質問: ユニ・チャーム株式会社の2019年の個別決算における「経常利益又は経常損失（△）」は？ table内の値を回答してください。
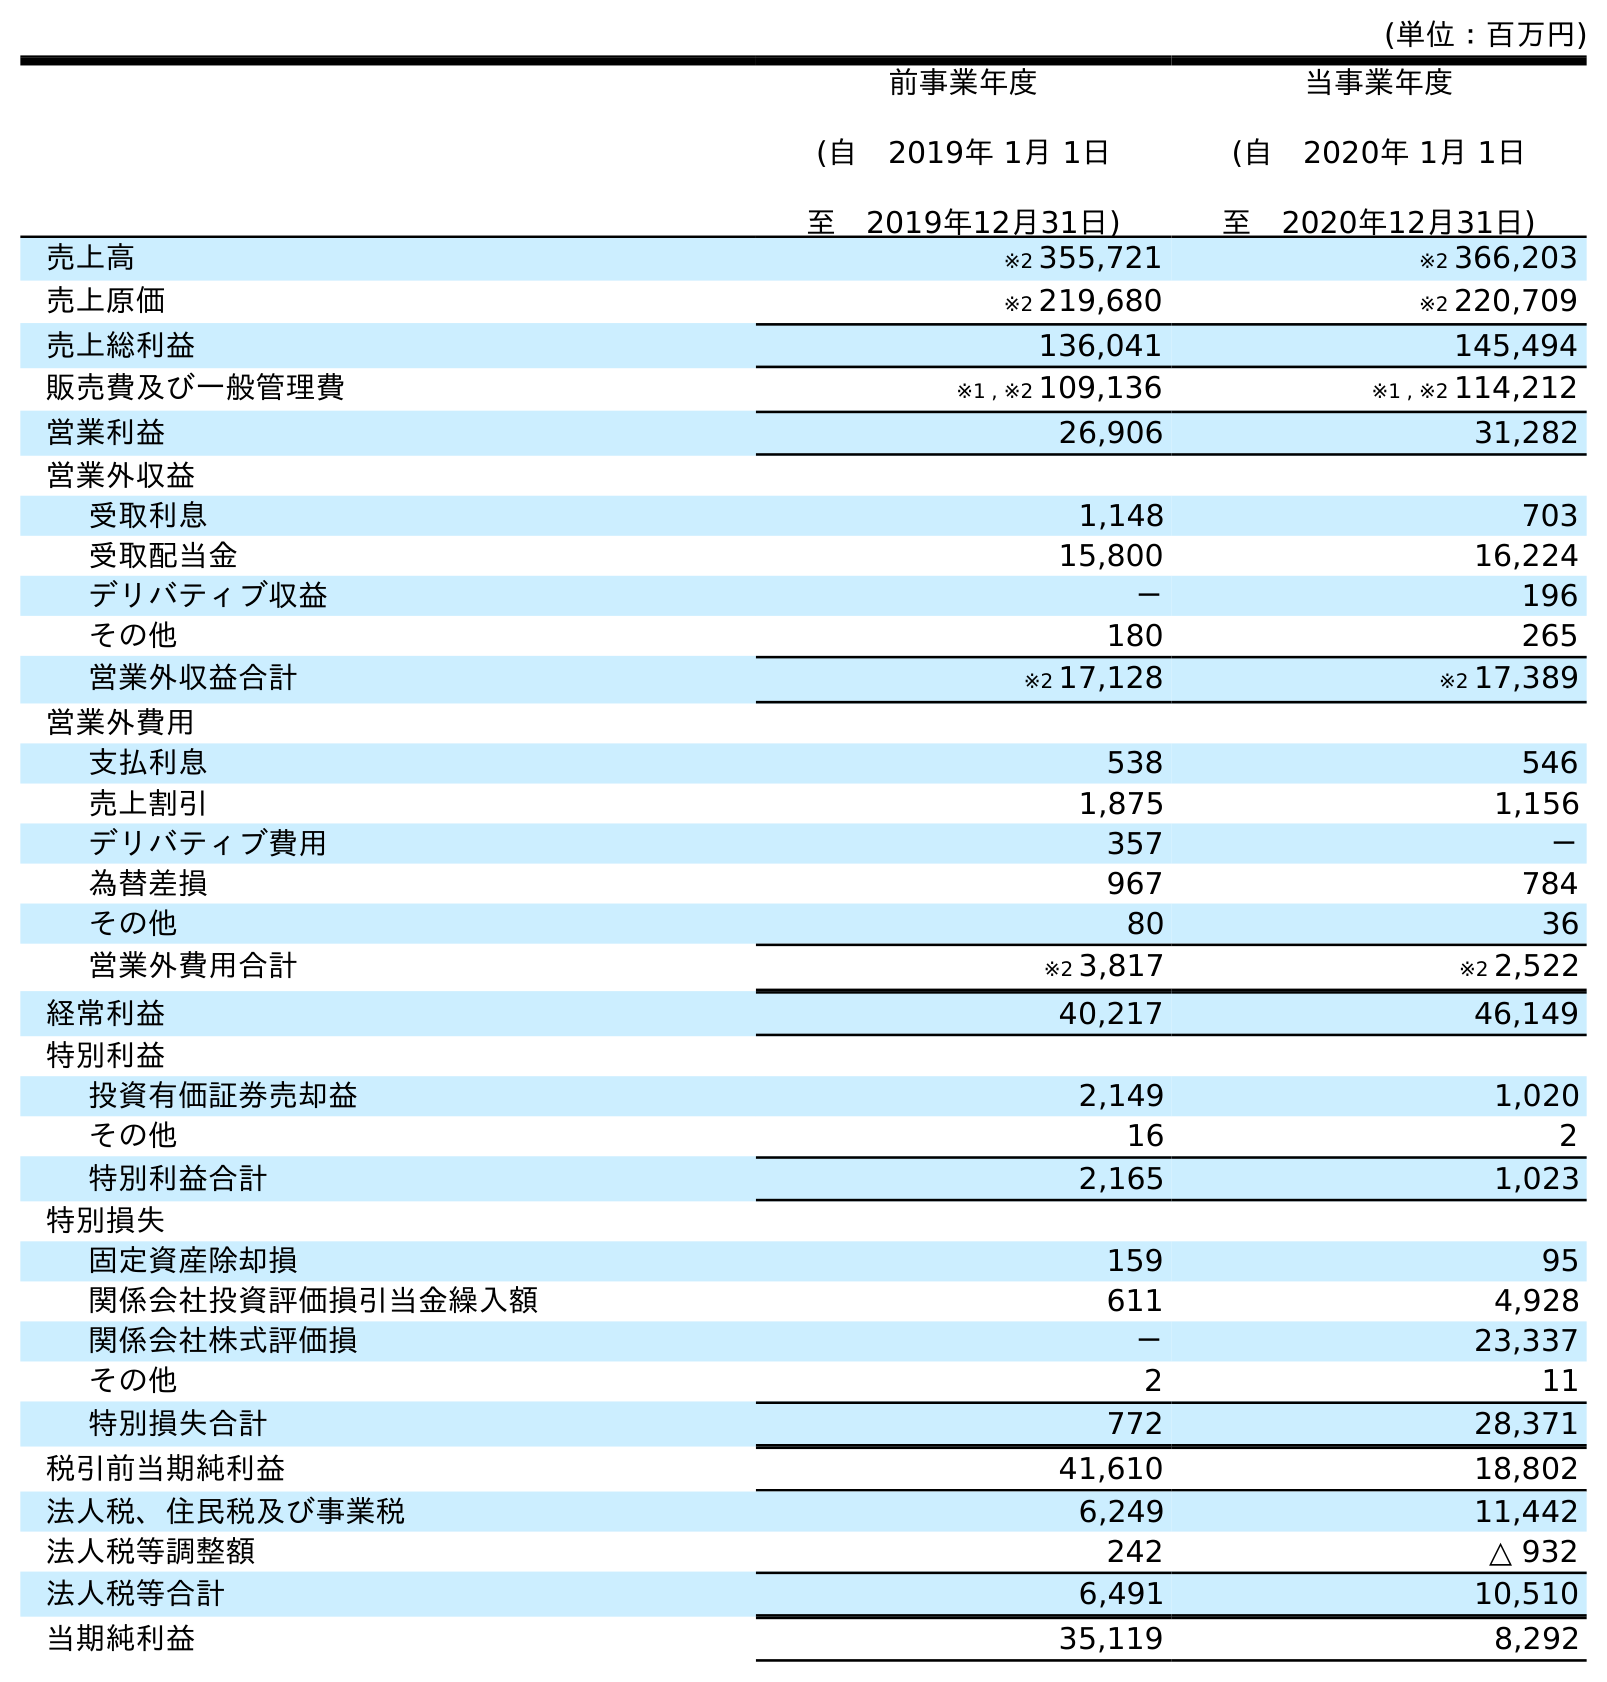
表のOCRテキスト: (単位：百万円) 前事業年度 (自 2019年 1月 1日 至 2019年12月31日) 当事業年度 (自 2020年 1月 1日 至 2020年12月31日) 売上高 ※2 355,721 ※2 366,203 売上原価 ※2 219,680 ※2 220,709 売上総利益 136,041 145,494 販売費及び一般管理費 ※1 , ※2 109,136 ※1 , ※2 114,212 営業利益 26,906 31,282 営業外収益 受取利息 1,148 703 受取配当金 15,800 16,224 デリバティブ収益 － 196 その他 180 265 営業外収益合計 ※2 17,128 ※2 17,389 営業外費用 支払利息 538 546 売上割引 1,875 1,156 デリバティブ費用 357 － 為替差損 967 784 その他 80 36 営業外費用合計 ※2 3,817 ※2 2,522 経常利益 40,217 46,149 特別利益 投資有価証券売却益 2,149 1,020 その他 16 2 特別利益合計 2,165 1,023 特別損失 固定資産除却損 159 95 関係会社投資評価損引当金繰入額 611 4,928 関係会社株式評価損 － 23,337 その他 2 11 特別損失合計 772 28,371 税引前当期純利益 41,610 18,802 法人税、住民税及び事業税 6,249 11,442 法人税等調整額 242 △ 932 法人税等合計 6,491 10,510 当期純利益 35,119 8,292
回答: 40,217